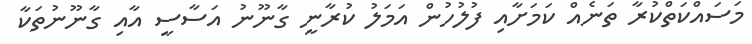
މަސައްކަތްކުރާ ތަނެއް ކަމަށާއި ފުލުހުން އަމަލު ކުރާނީ ގާނޫނު އަސާސީ އާއި ގާނޫނުތަކާ